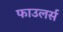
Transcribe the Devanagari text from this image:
फाउलर्स